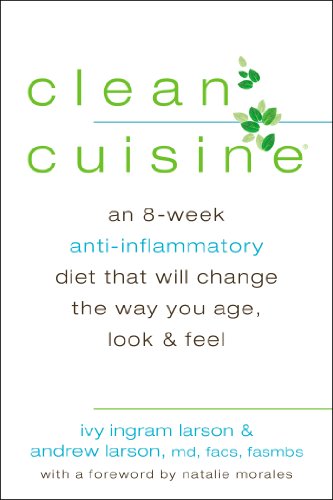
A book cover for Clean Cuisine: An 8-Week Anti-Inflammatory Diet that Will Change the Way You Age, Look & Feel; Ivy Larson; Health, Fitness & Dieting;